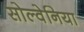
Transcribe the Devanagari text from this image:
सोल्वेनिया